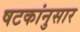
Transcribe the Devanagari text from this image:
षटकांनुसार